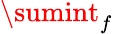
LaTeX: \sumint_{f}